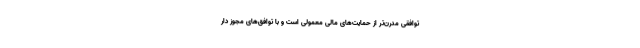
توافقی مدرن‌تر از حمایت‌های مالی معمولی است و با توافق‌های مجوز دار